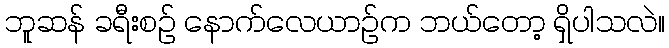
ဘူဆန် ခရီးစဉ် နောက်လေယာဉ်က ဘယ်တော့ ရှိပါသလဲ။